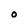
Character: O